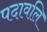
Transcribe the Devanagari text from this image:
पदावलि